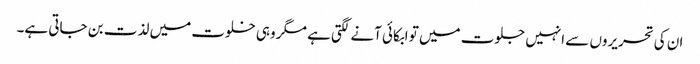
ان کی تحریروں سے انہیں جلوت میں تو ابکائی آنے لگتی ہے مگر وہی خلوت میں لذت بن جاتی ہے۔